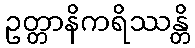
ဥတ္တာနိကရိဿန္တိ